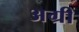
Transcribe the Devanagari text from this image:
अग्री